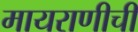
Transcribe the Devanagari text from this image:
मायराणीची